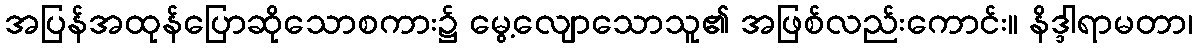
အပြန်အထုန်ပြောဆိုသောစကား၌ မွေ့လျောသောသူ၏ အဖြစ်လည်းကောင်း။ နိဒ္ဒါရာမတာ၊